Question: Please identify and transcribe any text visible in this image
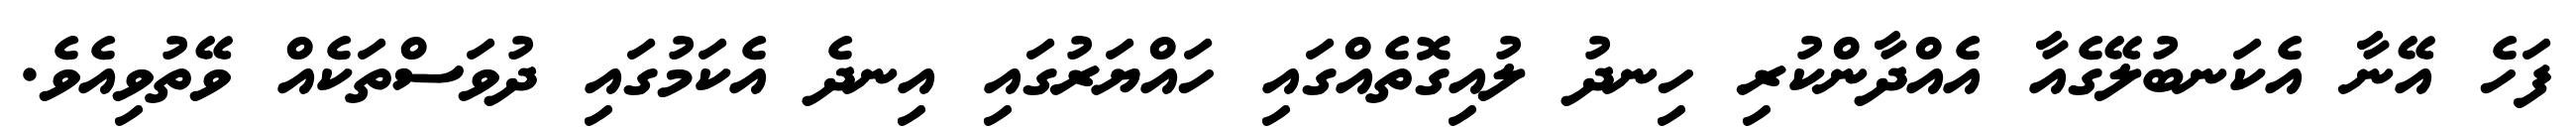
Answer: ފަހެ އޭނާ އެކަނބުލޭގެއާ އެއްދާންކުރި ހިނދު ލުއިގޮތެއްގައި ހައްޔަރުގައި އިނދެ އެކަމުގައި ދުވަސްތަކެއް ވޭތުވިއެވެ.